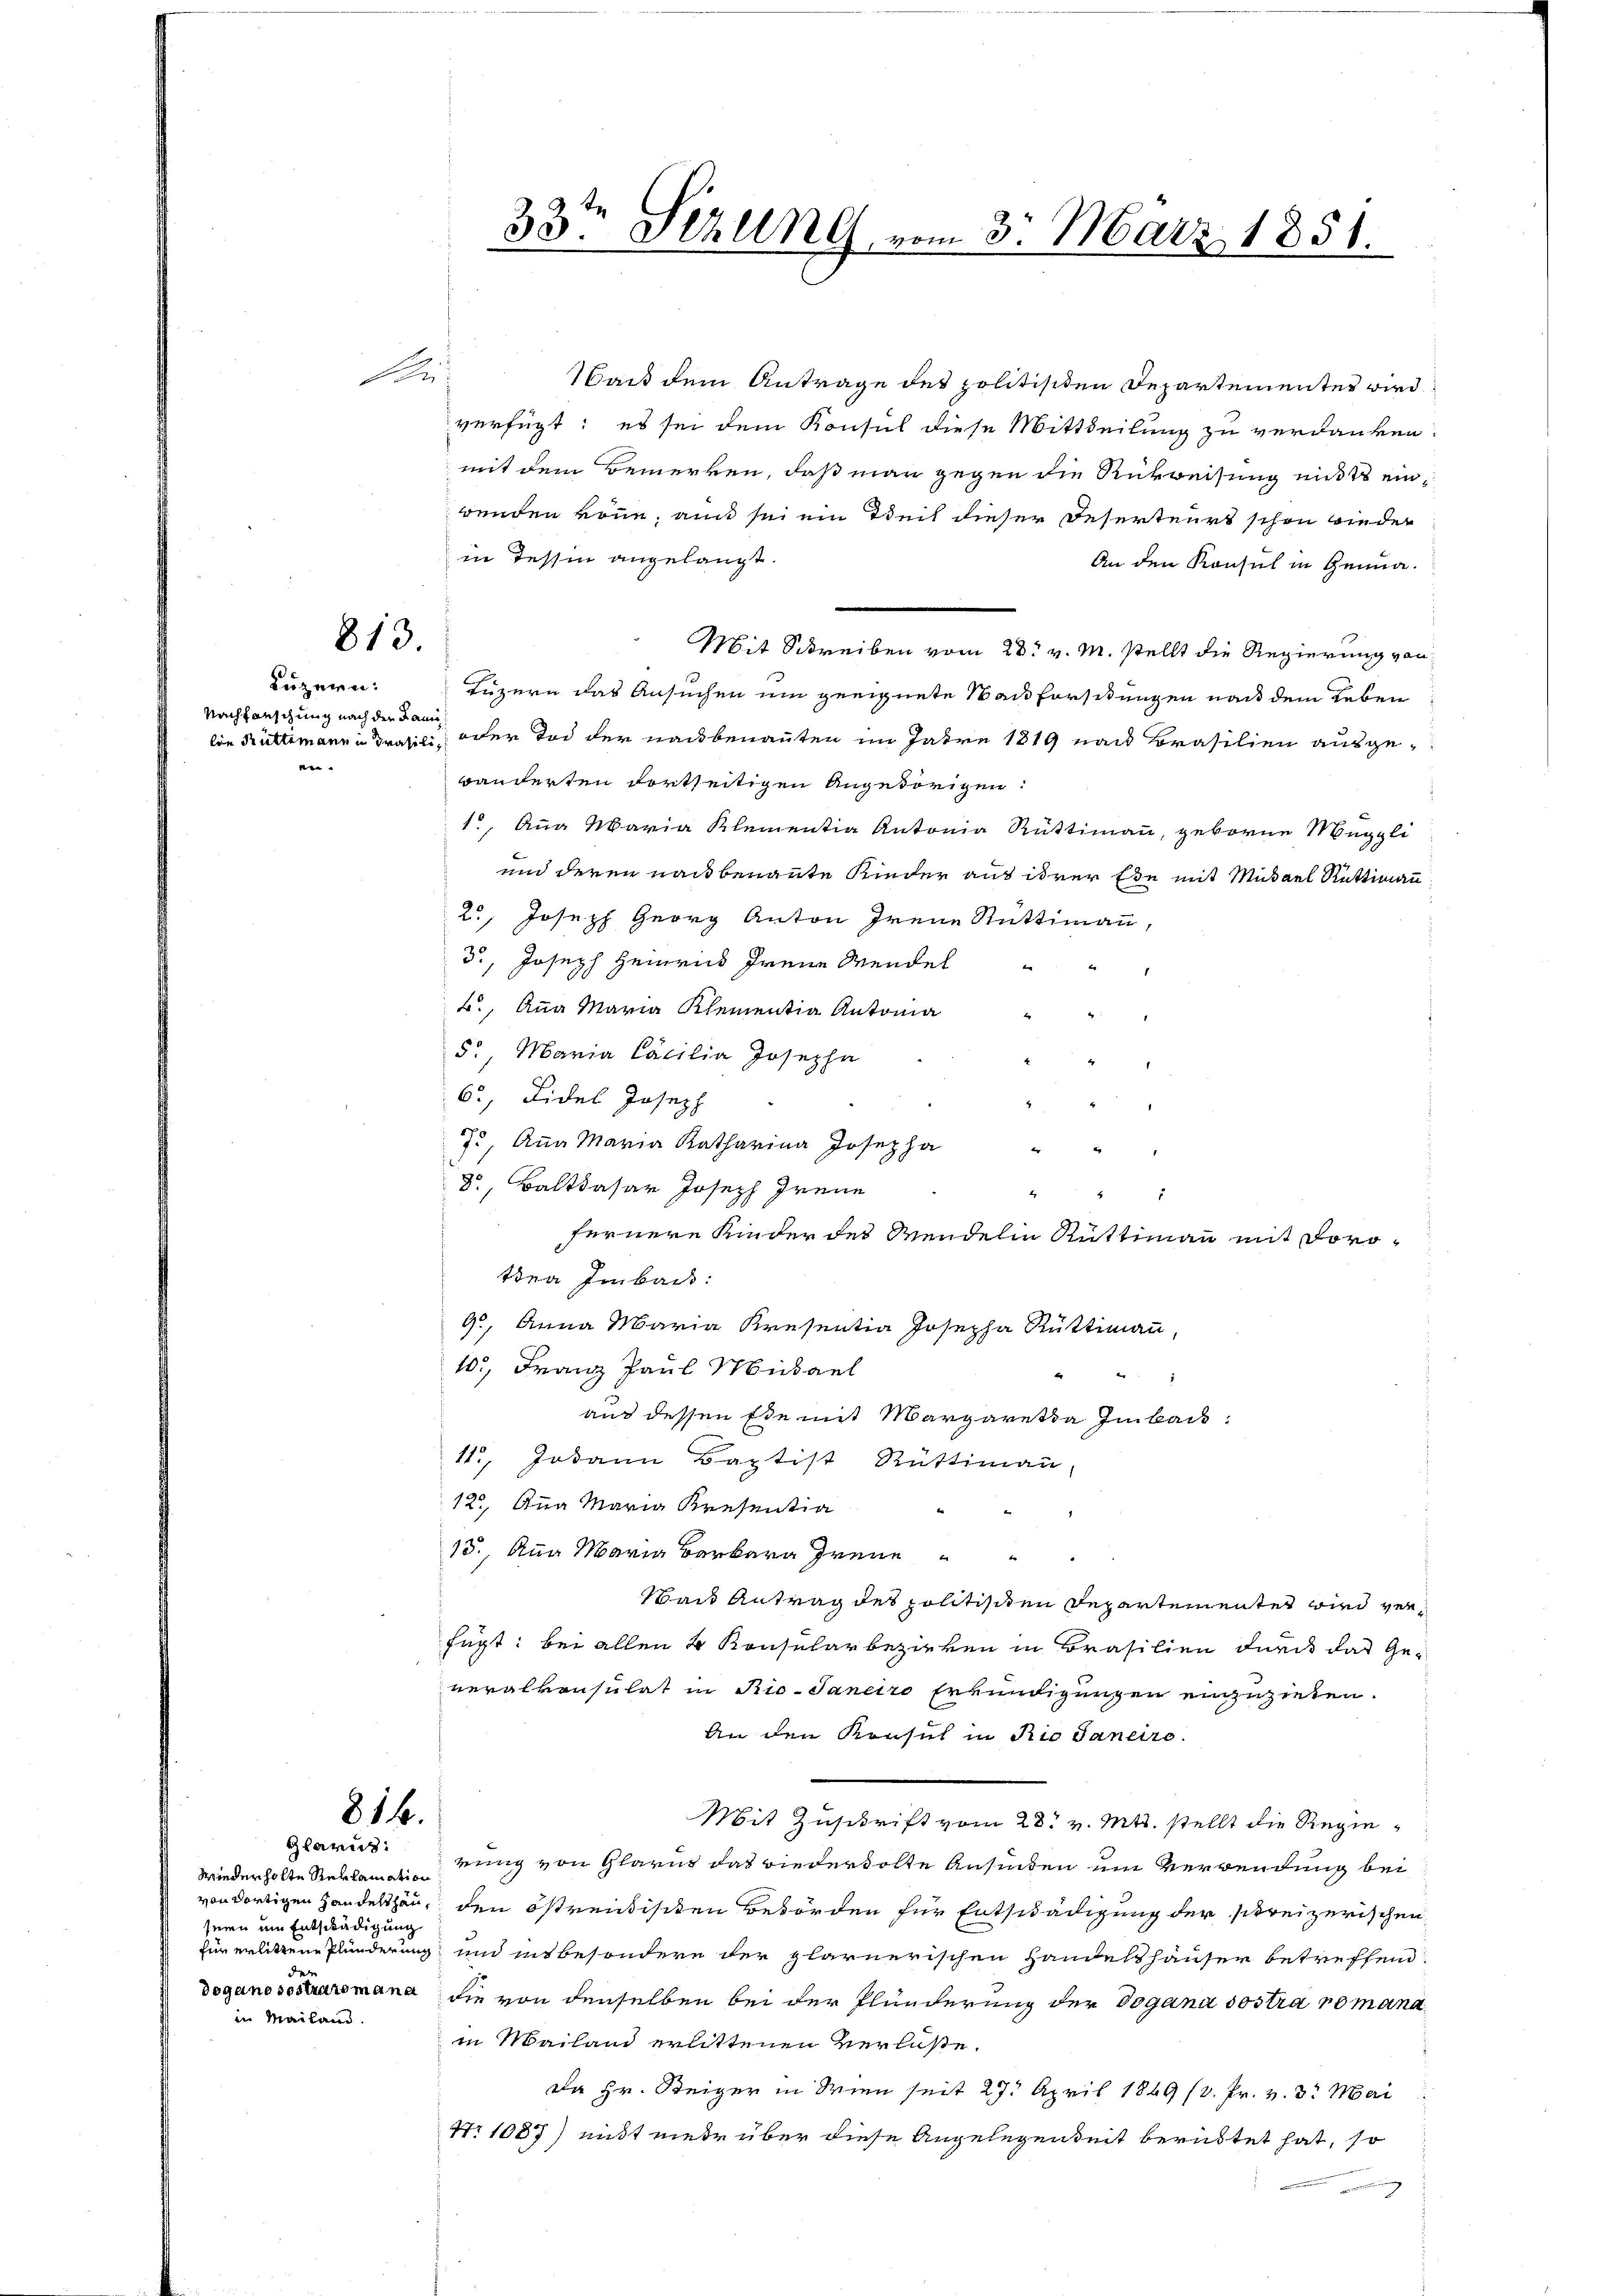
Mi

813.

Luzern:
Nachforschung nach der Famien

Was dem Antrage des politisiten Departementes wird
verfügt: es sei dem Konsul diese Mittheilung zu verdanken.
mit dem Bemerken, daß man gegen die Rückweisung nichts einwenden könne, auch sei ein Teil dieser Deserteurs schon wieder
in Tessin angelangt.
An den Konsul in Genua
Mit Schreiben vom 28t v. M. stellt die Regierung von
Luzern das Ansuchen um geeignete Nachforstungen nach dem Leben
lin Rüttimann in drasili oder Tod der nachbenannten im Jahre 1819 nach Brasilien ausgebänderten dortseitigen Angehörigen:
1., Aug Maria Klementia Antonia Rüttimann, geborne Muggli
und deren nachbenannte Kinder aus ihrer Ehe mit Mihael Rüttimann
2., Joseph Georg Anton Irene Rüttimann,
3., Joseph Heinrich freue Mendel
B., Anna Maria Klementia Antonia
5. Maria Cacilia Josepha
6, Bidel Joseph
7., Aṅa Maria Katharina Josepha " "
8, Balthasar Joseph Treue
2
fernere Kinder des Mendelin Rüttimann mit Dorotdna Imbach:
9, Anna Maria Kresentia Josepha Rüttimann,
10, Franz Paul Mihael
aus dessen Ehe mit Margaretha Imbach:
115, Jodann Baptist Rüttimann
122, Ana Maria Kresentia
15., Aug Maria Barbara Gren
sbaut Antrag des politischen Departementes wird verfügt: bei allen 4 Konsularbezirken in Brasilien durch das Ge-
veralkonsulat in Rio-Janeiro Erkundigungen einzuziehen.
An den Konsul in Rio Janeiro
Mit Zuschrift vom 28. v. Mts. stellt die Regierung von Glarus das wiederholte Ansinden um Verwendung bei
von dortigen Handelthan, den östreidischen Behörden für Entschädigung der streizerischen
und insbesondere der Glarnerischen Handelshäuser betreffend
Doganosomaromana die von denselben bei der Plunderung der Dogana sostra romana
in Mailand erlittenen Verlaße.
Da Hr. Steiger in Wien seit 27. April 1849 (3. Pr. v. 3. Mai
Nr 1087) mißt niedr über diese Angelegenheit beruhtet hat, so

816.

Glarus:
Wiederholte Reklamation
seien um Entschädigung
für erlittene Plunderung
der
in Mailand.

33te Serung vom 3. März 1851.